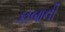
કાબાની